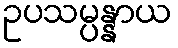
ဥပသမ္ပန္နာယ